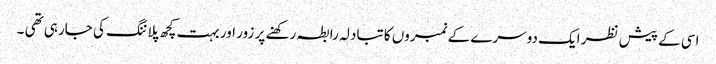
اسی کے پیش نظر ایک دوسرے کے نمبروں کا تبادلہ رابطہ رکھنے پر زور اور بہت کچھ پلاننگ کی جارہی تھی ۔